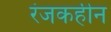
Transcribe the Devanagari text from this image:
रंजकहीन